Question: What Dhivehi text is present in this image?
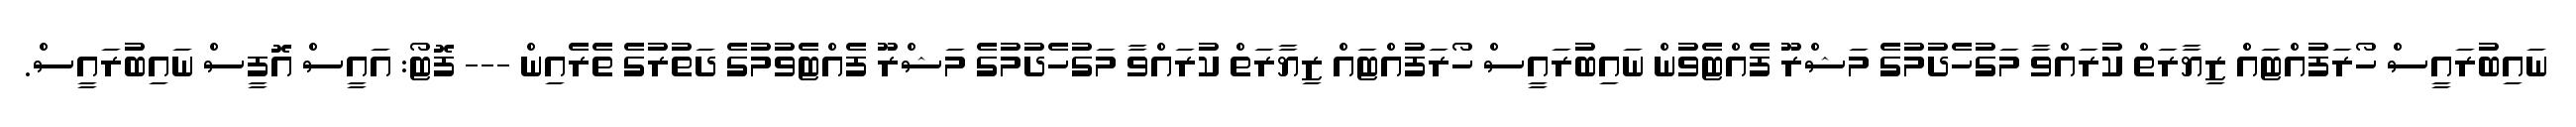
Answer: ނައިބުރައީސް ހޯރަފުއްޓައް ޒިޔާރަތް ކުރައްވާ މަގުހެދުމުގެ މަޝްރޫ ފެއްޓެވުން ނައިބުރައީސް ހޯރަފުއްޓައް ޒިޔާރަތް ކުރައްވާ މަގުހެދުމުގެ މަޝްރޫ ފެއްޓެވުމުގެ ދަތުރުގެ ތެރެއިން --- ފޮޓޯ: އައީސް އޮފީސް ނައިބުރައީސް.